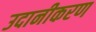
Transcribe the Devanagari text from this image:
उदानीकरण